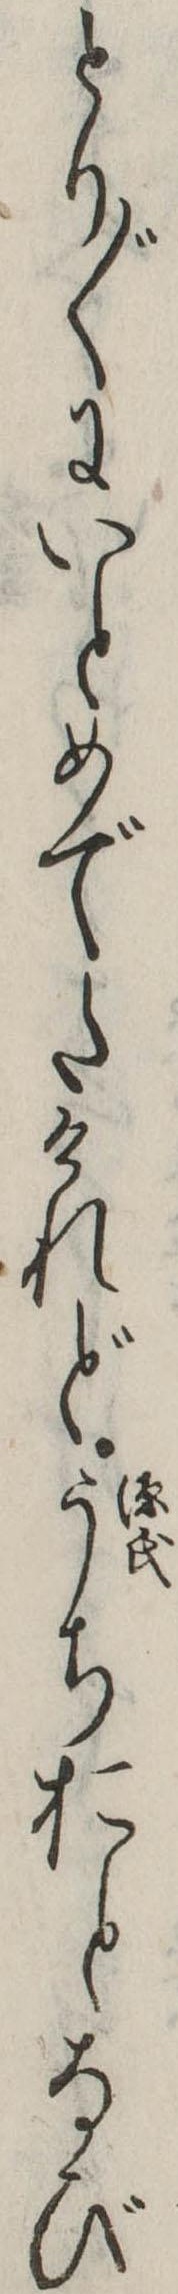
とり〲にいとめでたけれどうちおとなび